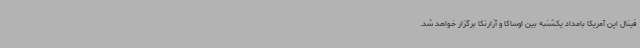
فینال اپن آمریکا بامداد یکشنبه بین اوساکا و آزارنکا برگزار خواهد شد.